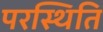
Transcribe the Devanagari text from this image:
परस्थिति